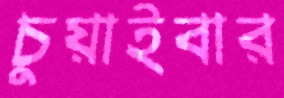
চুয়াইবার